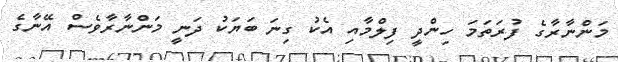
މަންނާރާގެ ފުރަތަމަ ހިންދީ ފިލްމާއި އެކު ގިނަ ބަޔަކު ދަނީ މަންނާރާވެސް އޭނާގެ